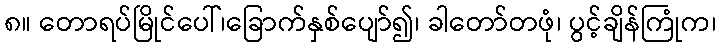
၈။ တောရပ်မြိုင်ပေါ်၊ခြောက်နှစ်ပျော်၍၊ ခါတော်တဖုံ၊ ပွင့်ချိန်ကြုံက၊